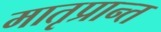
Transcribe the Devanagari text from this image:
मातृप्रान्त